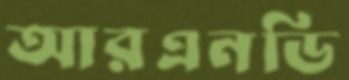
আরএনডি